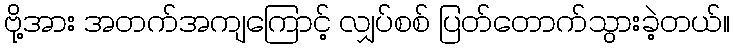
ဗို့အား အတက်အကျကြောင့် လျှပ်စစ် ပြတ်တောက်သွားခဲ့တယ်။